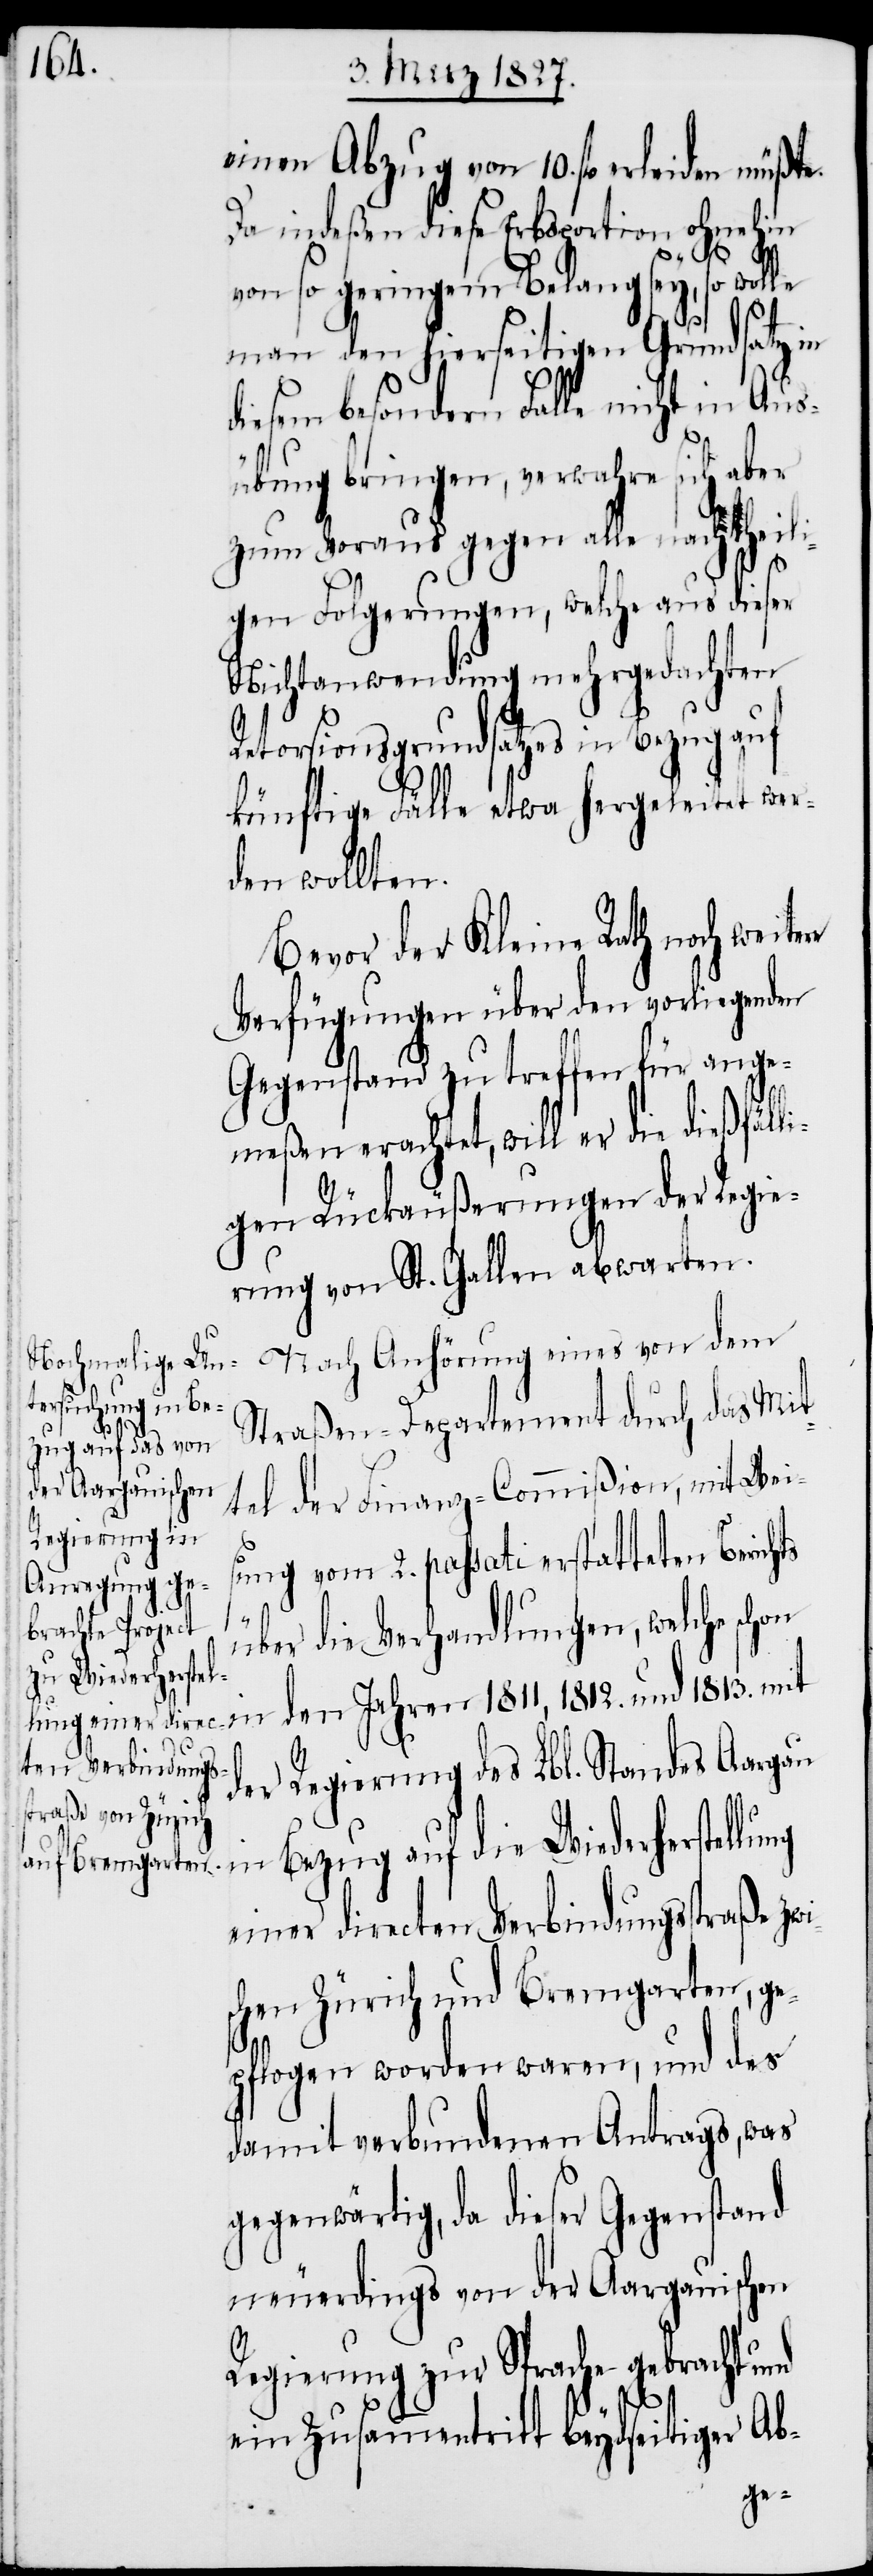
einen Abzug von 10. fl. erleiden
Da indeßen diese Erbsportion ohnehin
von so geringem Belang sey, so wolle
man den hierseitigen Grundsatz in
diesem besondern Falle nicht in Aus¬
übung bringen, verwahre sich aber
zum Voraus gegen alle nachtheili¬
gen Folgerungen, welche aus dieser
Nichtanwendung mehrgedachten
Retorsionsgrundsatzes in Bezug auf
künftige Fälle etwa hergeleitet wer¬
den wollten.
Bevor der Kleine Rath noch weite¬
Verfügungen über den vorliegenden
Gegenstand zu treffen für ange¬
meßen erachtet, will er die dießfälli¬
re
gen Rückäußerungen der Regie¬
rung von St. Gallen abwarten.
Nach Anhörung eines von dem
Straßen-Departement durch das Mit¬
tel der Finanz-Commißion, mit Wei¬
sung vom 2. passati erstatteten Berichts
die Verhandlungen, welche
über
den Jahren 1811, 1812. und 1813. mit
der Regierung des Lbl. Standes Aargau
in Bezug auf die Wiederherstellung
einer directen Verbindungsstraße zwi¬
schen Zürich und Bremgarten, ge¬
pflogen worden waren, und des
damit verbundenen Antrags, was
gegenwärtig, da dieser Gegenstand
neuerdings von der Aargauischen
Regierung zur Sprache gebracht und
ein Zusammentritt beydseitiger Ab-